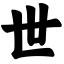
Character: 世